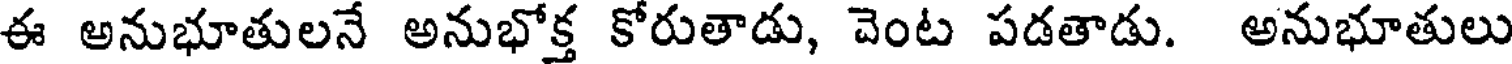
ఈ అనుభూతులనే అనుభోక్త కోరుతాడు, వెంట పడతాడు. అనుభూతులు